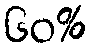
၆၀%